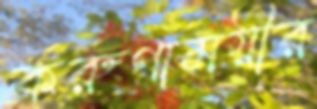
করুণাময়ীর